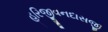
હરિજીવનદાસજી